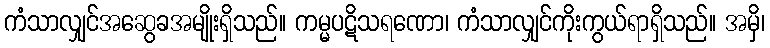
ကံသာလျှင်အဆွေခအမျိုးရှိသည်။ ကမ္မပဋိသရဏော၊ ကံသာလျှင်ကိုးကွယ်ရာရှိသည်။ အမှိ၊